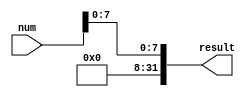
module extend8BitUnsigned(num, result);
input [31:0] num;
output [31:0] result;
and(result[0], num[0], 1'b1);
and(result[1], num[1], 1'b1);
and(result[2], num[2], 1'b1);
and(result[3], num[3], 1'b1);
and(result[4], num[4], 1'b1);
and(result[5], num[5], 1'b1);
and(result[6], num[6], 1'b1);
and(result[7], num[7], 1'b1);
and(result[8], 1'b0, 1'b1);
and(result[9], 1'b0, 1'b1);
and(result[10], 1'b0, 1'b1);
and(result[11], 1'b0, 1'b1);
and(result[12], 1'b0, 1'b1);
and(result[13], 1'b0, 1'b1);
and(result[14], 1'b0, 1'b1);
and(result[15], 1'b0, 1'b1);
and(result[16], 1'b0, 1'b1);
and(result[17], 1'b0, 1'b1);
and(result[18], 1'b0, 1'b1);
and(result[19], 1'b0, 1'b1);
and(result[20], 1'b0, 1'b1);
and(result[21], 1'b0, 1'b1);
and(result[22], 1'b0, 1'b1);
and(result[23], 1'b0, 1'b1);
and(result[24], 1'b0, 1'b1);
and(result[25], 1'b0, 1'b1);
and(result[26], 1'b0, 1'b1);
and(result[27], 1'b0, 1'b1);
and(result[28], 1'b0, 1'b1);
and(result[29], 1'b0, 1'b1);
and(result[30], 1'b0, 1'b1);
and(result[31], 1'b0, 1'b1);
endmodule